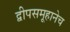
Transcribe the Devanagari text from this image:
द्वीपसमूहानेच